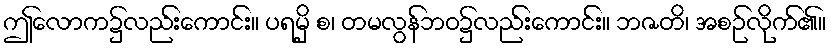
ဤလောက၌လည်းကောင်း။ ပရမှိ စ၊ တမလွန်ဘဝ၌လည်းကောင်း။ ဘဇတိ၊ အစဉ်လိုက်၏။